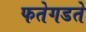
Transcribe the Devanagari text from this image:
फतेगडते